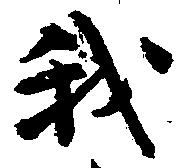
我